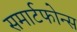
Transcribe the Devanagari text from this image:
समार्टफोन्स